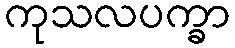
ကုသလပက္ခာ